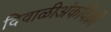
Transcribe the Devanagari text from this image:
दिवाळीअंकविक्री